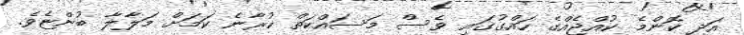
އަދި ކޮންމެ ކުއްޖެއްގެ ހައްގުގައި ވެސް މަސައްކަތް ކުރާނެ ކަމަށް މަލާލާ ބުންޏެވެ.